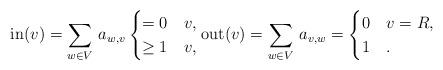
LaTeX: \begin{align*}\mathrm{in}(v)=\sum_{w\in V}\,a_{w,v}\begin{cases} =0 & v , \\\ge 1 & v ,\end{cases} \mathrm{out}(v)=\sum_{w\in V}\,a_{v,w}=\begin{cases}0 & v=R, \\1 & .\end{cases}\end{align*}